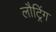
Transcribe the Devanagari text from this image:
लौट्रिंग